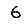
Digit: 6